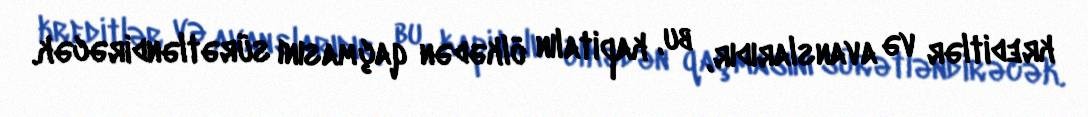
kreditlər və avanslarıdır, bu, kapitalın ölkədən qaçmasını sürətləndirəcək.